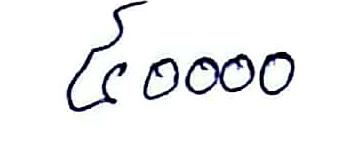
៤០០០០